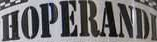
HOPERANDI